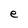
Character: e